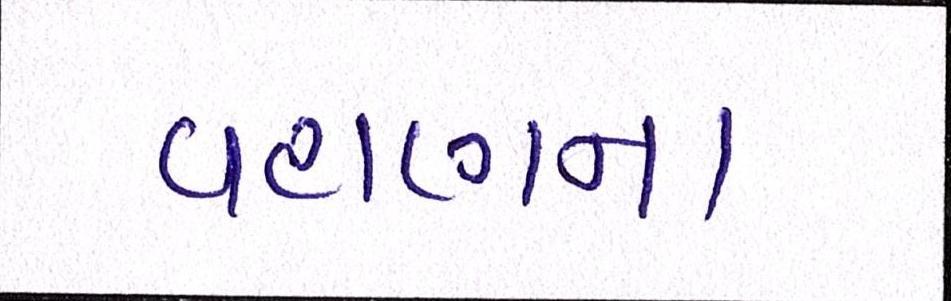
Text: વહાણના